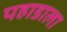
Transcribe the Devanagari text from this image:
पहाडाला